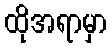
ထိုအရာမှာ